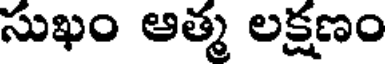
సుఖం ఆత్మ లక్షణం